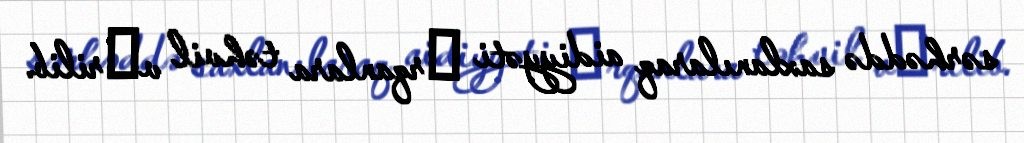
sərhəddə saxlanılaraq aidiyyəti оrqanlara təhvil vеrilib.